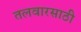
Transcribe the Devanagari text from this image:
तलवारसाठी